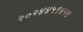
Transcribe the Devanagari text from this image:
२०२४४५९४२४